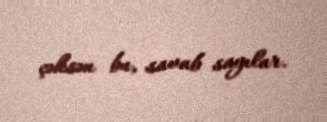
çəksən bu, savab sayılar.